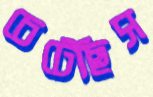
চেটেছিস